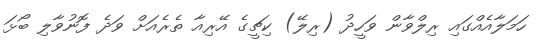
ހަމަލާއެއްގައި ރިލްވާން ވަހީދު (ރިލޭ) ކިޗީގެ އޭރިއާ ތެރެއަށް ވަދެ ފޮނުވާލި ބޯޅަ